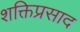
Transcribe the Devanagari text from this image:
शक्तिप्रसाद